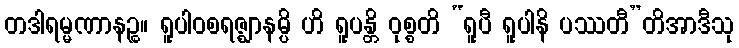
တဒါရမ္မဏာနဉ္စ။ ရူပါဝစရဇ္ဈာနမ္ပိ ဟိ ရူပန္တိ ဝုစ္စတိ “ရူပီ ရူပါနိ ပဿတီ”တိအာဒီသု